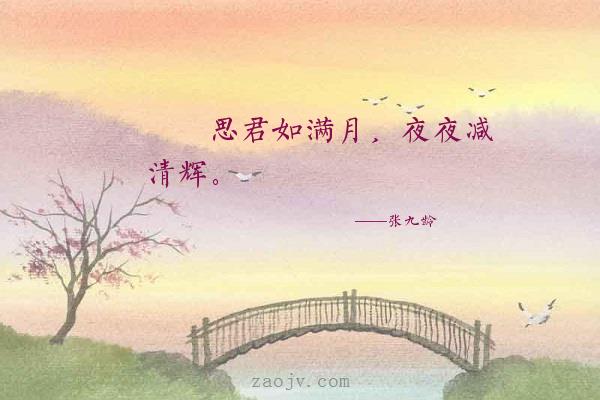
思君如满月，夜夜减清辉。